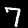
Label: 7